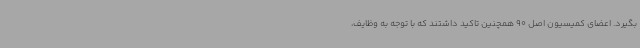
بگیرد. اعضای کمیسیون اصل 90 همچنین تاکید داشتند که با توجه به وظایف،